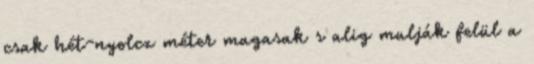
csak hét-nyolcz méter magasak s alig mulják felül a